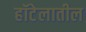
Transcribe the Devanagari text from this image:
हॉटेलातील